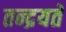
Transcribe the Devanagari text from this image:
तन्द्रयते